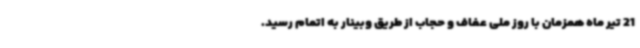
21 تیر ماه همزمان با روز ملی عفاف و حجاب از طریق وبینار به اتمام رسید.